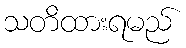
သတိထားရမည်